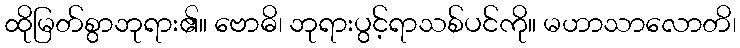
ထိုမြတ်စွာဘုရား၏။ ဗောဓိ၊ ဘုရားပွင့်ရာသစ်ပင်ကို။ မဟာသာလောတိ၊